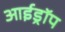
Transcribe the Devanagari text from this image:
आईड्रॉप